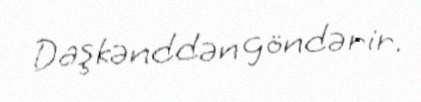
Daşkənddən göndərir.